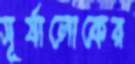
সূর্যালোকের